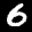
Label: 6